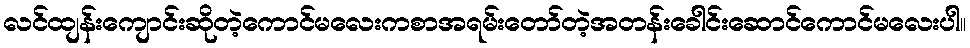
လင်ထျန်းကျောင်းဆိုတဲ့ကောင်မလေးကစာအရမ်းတော်တဲ့အတန်းခေါင်းဆောင်ကောင်မလေးပါ။